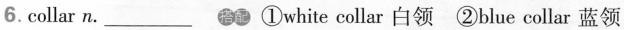
6. collar n. ___ ①white collar 白领 ②blue collar 蓝领